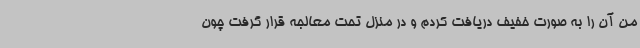
من آن را به صورت خفیف دریافت کردم و در منزل تحت معالجه قرار گرفت چون